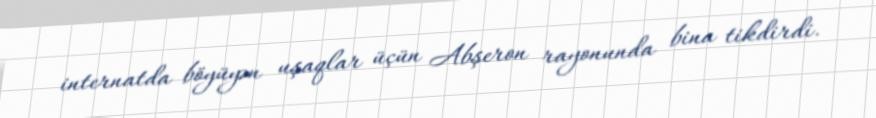
internatda böyüyən uşaqlar üçün Abşeron rayonunda bina tikdirdi.